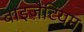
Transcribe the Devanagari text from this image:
बाइज़ैंटियम